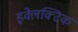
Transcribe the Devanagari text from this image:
इक्लेक्टिक